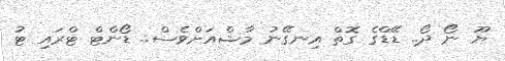
ޔޫ ނޯ ދޯ.. ޑޭޑްގެ ގޮތް އިނގޭނު މާޝްއަށްވެސް.. ޑޯންޓް ޓްރައި ޓު